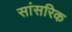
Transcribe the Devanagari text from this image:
सांसरिक